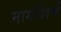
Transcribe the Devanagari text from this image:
मार्गशिर्ष